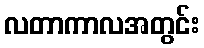
လတာကာလအတွင်း